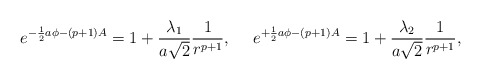
\begin{align*}e^{-{1\over 2}a\phi-(p+1)A}=1+{{\lambda_1}\over{a\sqrt{2}}}{1\over{r^{p+1}}},\ \ \ \ e^{+{1\over 2}a\phi-(p+1)A}=1+{{\lambda_2}\over{a\sqrt{2}}}{1\over{r^{p+1}}},\end{align*}